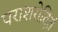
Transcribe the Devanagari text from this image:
पराशरोदितं